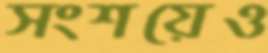
সংশয়েও